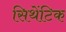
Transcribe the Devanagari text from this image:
सिथेंटिक